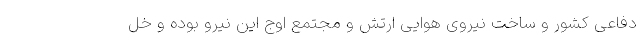
دفاعی کشور و ساخت نیروی هوایی ارتش و مجتمع اوج این نیرو بوده و خل